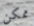
ممكن